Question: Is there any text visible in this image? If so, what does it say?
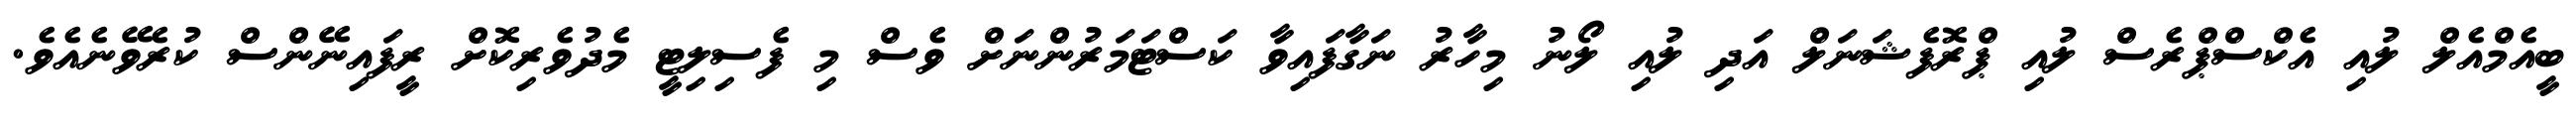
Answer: ބީއެމްއެލް ލުއި އެކްސްޕްރެސް ލުއި ޕްރޮފެޝަނަލް އަދި ލުއި ލޯނު މިހާރު ނަގާފައިވާ ކަސްޓަމަރުންނަށް ވެސް މި ފެސިލިޓީ މެދުވެރިކޮށް ރީފައިނޭންސް ކުރެވޭނެއެވެ.